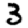
Digit: 3